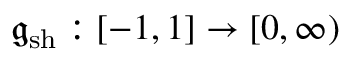
\mathfrak { g } _ { \mathrm { s h } } : [ - 1 , 1 ] \to [ 0 , \infty )